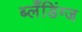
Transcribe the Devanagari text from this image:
ब्लँडिंग्ज